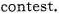
contest.